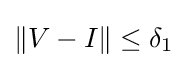
\|V-I\|\leq \delta _{1}